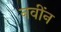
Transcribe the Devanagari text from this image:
नवींन